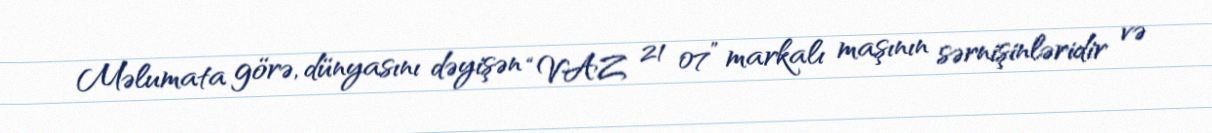
Məlumata görə, dünyasını dəyişən “VAZ 21 07” markalı maşının sərnişinləridir və